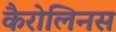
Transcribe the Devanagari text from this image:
कैरोलिनस